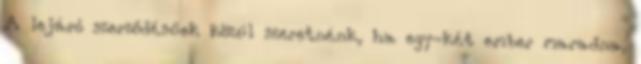
A lejáró szerződésűek közül szeretnénk, ha egy-két ember maradna,